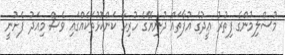
މުސްލިމުންގެ ފިތުރު ޢީދުގެ އުފާތައް ދުނިޔޭގެ ހުރިހާ ކަންކޮޅުތަކެއްގައި ވެސް މިއަދު ފެށުނީ